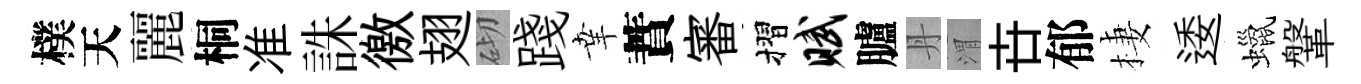
樸天麗桐准誅徼翅砌踐𦍒蕡審摺赋臚丹渭卋郁棲逶蠟鞶